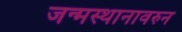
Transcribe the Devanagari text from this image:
जन्मस्थानावरुन